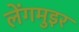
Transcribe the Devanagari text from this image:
लेंगमुइर